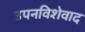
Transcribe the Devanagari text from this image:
उपनविशेवाद